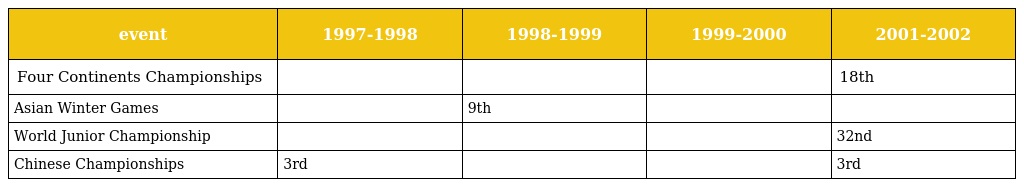
| event | 1997-1998 | 1998-1999 | 1999-2000 | 2001-2002 |
 | --- | --- | --- | --- | --- |
 | Four Continents Championships |  |  |  | 18th |
 | Asian Winter Games |  | 9th |  |  |
 | World Junior Championship |  |  |  | 32nd |
 | Chinese Championships | 3rd |  |  | 3rd |